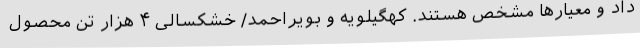
داد و معیارها مشخص هستند. کهگیلویه و بویراحمد/ خشکسالی ۴ هزار تن محصول